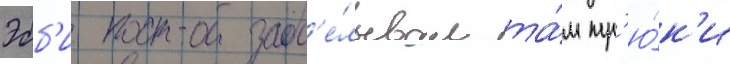
Эбб'и прод'е́лывал та́м тр'ю́к'и